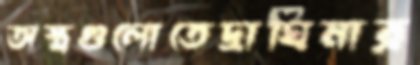
অস্ত্রগুলোতেদ্রাঘিমার